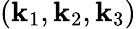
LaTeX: (\mathbf{k}_{1},\mathbf{k}_{2},\mathbf{k}_{3})